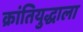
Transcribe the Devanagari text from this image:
क्रांतियुद्धाला